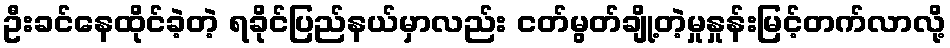
ဦးခင်နေထိုင်ခဲ့တဲ့ ရခိုင်ပြည်နယ်မှာလည်း ငတ်မွတ်ချို့တဲ့မှုနှုန်းမြင့်တက်လာလို့